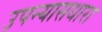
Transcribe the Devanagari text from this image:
उपन्यासधारा